Indian journal of veterinary science and animal husbandry - Volumes 15-17, 1948-1951
Year: 1948
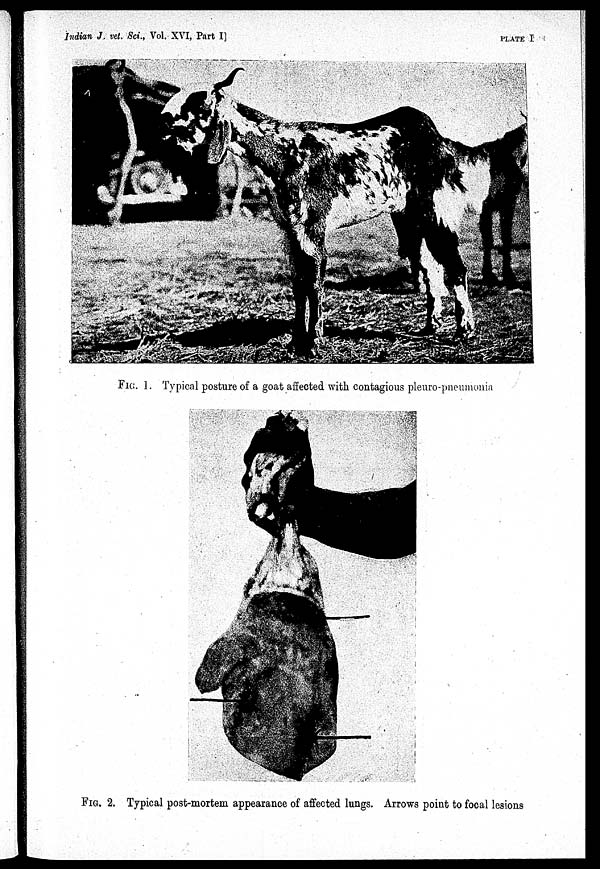
Indian J. vet. Sci., Vol. XVI, Part I]
PLATE
I
FIG. 1. Typical posture of a goat affected with contagious pleuro-pneumonia
FIG. 2. Typical post-mortem appearance of affected lungs. Arrows point to focal lesions